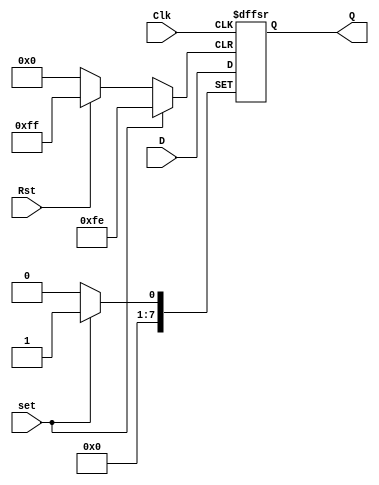
module D_Flip_Flop_eight_bit(D,Q,Rst,Clk,set);
input [7:0] D;
input Rst,Clk,set;
output reg [7:0] Q;

always@(posedge Clk,posedge Rst, posedge set) begin
if(set == 1) begin
Q <= 8'b1;
end
else if(Rst == 1) begin
Q <= 8'b0;
end
else begin
Q <= D;
end
end

endmodule